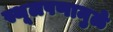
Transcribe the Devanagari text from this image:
स्थूलपणामुळे